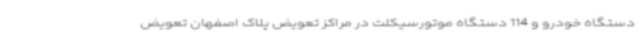
دستگاه خودرو و 114 دستگاه موتورسیکلت در مراکز تعویض پلاک اصفهان تعویض